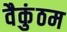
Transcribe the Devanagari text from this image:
वैकुंठम